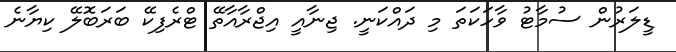
ޑީލަރުން ސުމާޓު ވާހަކަތަ މި ދައްކަނީ. ޖިނާއީ އިޖްރާއާތޭ ޓްރެފިކޭ ބަރަބޮލޭ ކިޔާނެ